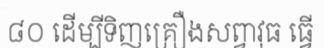
៨០ ដើម្បីទិញគ្រឿងសព្វាវុធ ធ្វើ